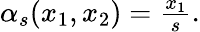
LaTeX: \begin{array}{r}{\alpha_{s}(x_{1},x_{2})=\frac{x_{1}}{s}.}\end{array}